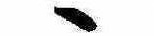
ゝ